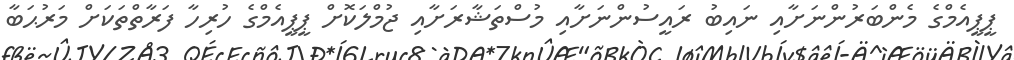
ޕީޕީއެމްގެ މެންބަރުންނަށާއި ނައިބު ރައީސުންނަށާއި މުސްތަޝާރަށާއި ޖުމްލަކޮށް ޕީޕީއެމްގެ ހުރިހާ ފަރާތްތަކަށް މަރުޙަބާ